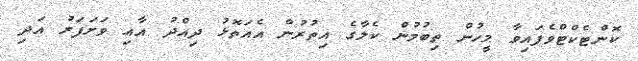
ކޮންޓެކްޓްވެފައިވާ މީހުން ތިބުމުން ކެލާގެ އިތުރުން އެއަތޮޅު ދިއްދު އާއި ވަށަފަރު އަދި